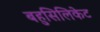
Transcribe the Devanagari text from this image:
बहुसिलिकेट